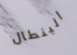
البنطال